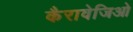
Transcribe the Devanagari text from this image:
कैरावेजिओ